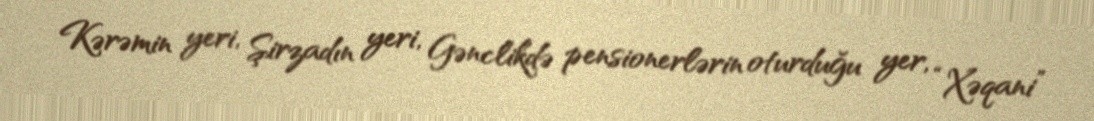
Kərəmin yeri, Şirzadın yeri, Gənclikdə pensionerlərin oturduğu yer, “Xəqani”